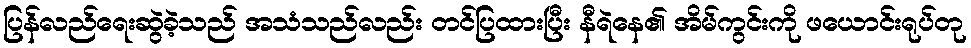
ပြန်လည်ရေးဆွဲခဲ့သည် အသံသည်လည်း တင်ပြထားပြီး နီရဲနေ၏ အိမ်ကွင်းကို ဖယောင်းရုပ်တု